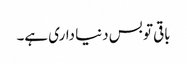
باقی تو بس دنیا داری ہے۔